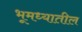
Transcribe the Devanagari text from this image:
भूमध्यातील